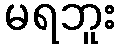
မရဘူး